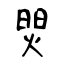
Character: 焸